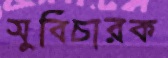
সুবিচারক